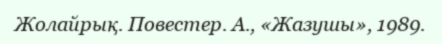
Жолайрық. Повестер. А., «Жазушы», 1989.